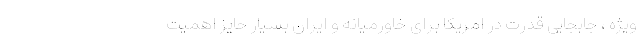
ویژه ، جابجایی قدرت در امریکا برای خاورمیانه و ایران بسیار حایز اهمیت